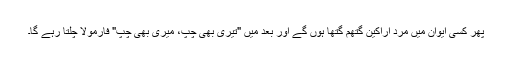
پھر کسی ایوان میں مرد اراکین گتھم گتھا ہوں گے اور بعد میں "تیری بھی چپ، میری بھی چپ" فارمولا چلتا رہے گا۔